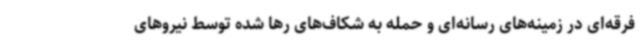
فرقه‌ای در زمینه‌های رسانه‌ای و حمله به شکاف‌های رها شده توسط نیروهای